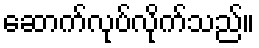
ဆောက်လုပ်လိုက်သည်။